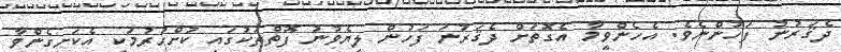
ދެޤަރުނު ފަހުންނެވެ. އެހެންވީމާ އެގޮތަށް ދެޤަރުނަ ފަހުން ލިޔެވުނު ފޮތްތަކުގައި ކުށްހުރުމަކީ އެކަށީގެންވާ